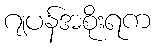
ဂျပန်အစိုးရက